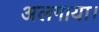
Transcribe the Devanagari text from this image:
अलगाया।